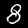
Digit: 8